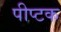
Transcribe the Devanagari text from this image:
पीप्टक